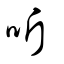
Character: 听